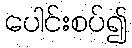
ပေါင်းစပ်၍